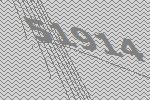
51914